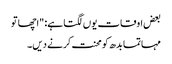
بعض اوقات یوں لگتا ہے: "اچھا تو
مہاتما بدھ کو محنت کرنے دیں۔